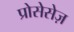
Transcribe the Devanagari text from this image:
प्रोसेसेज़